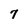
Character: 7